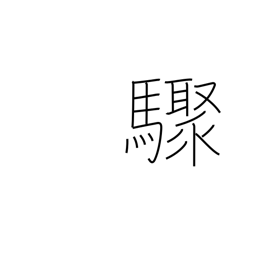
Meaning: suddenly